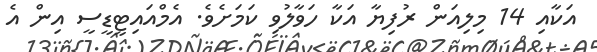
އަކާއި 14 މިލިއަން ރުފިޔާ އަކާ ހަވާލުވި ކަމަށެވެ. އެމްއައިޓީޑީސީ އިން އެ